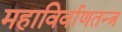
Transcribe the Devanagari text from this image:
महाविर्वाणतन्त्र